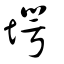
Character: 𡑇